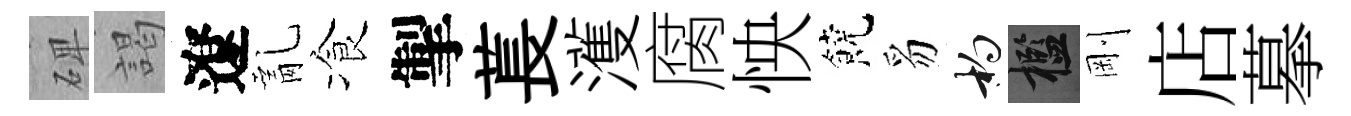
𥓓謁遼亂飡掣萇濩腐怏饒豸杓檻剛店摹